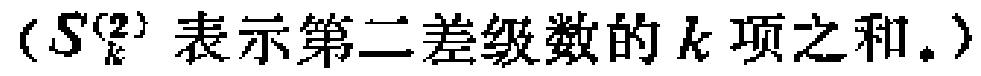
（$S_{k}^{(2)}$ 表示第二差级数的 $k$ 项之和。）